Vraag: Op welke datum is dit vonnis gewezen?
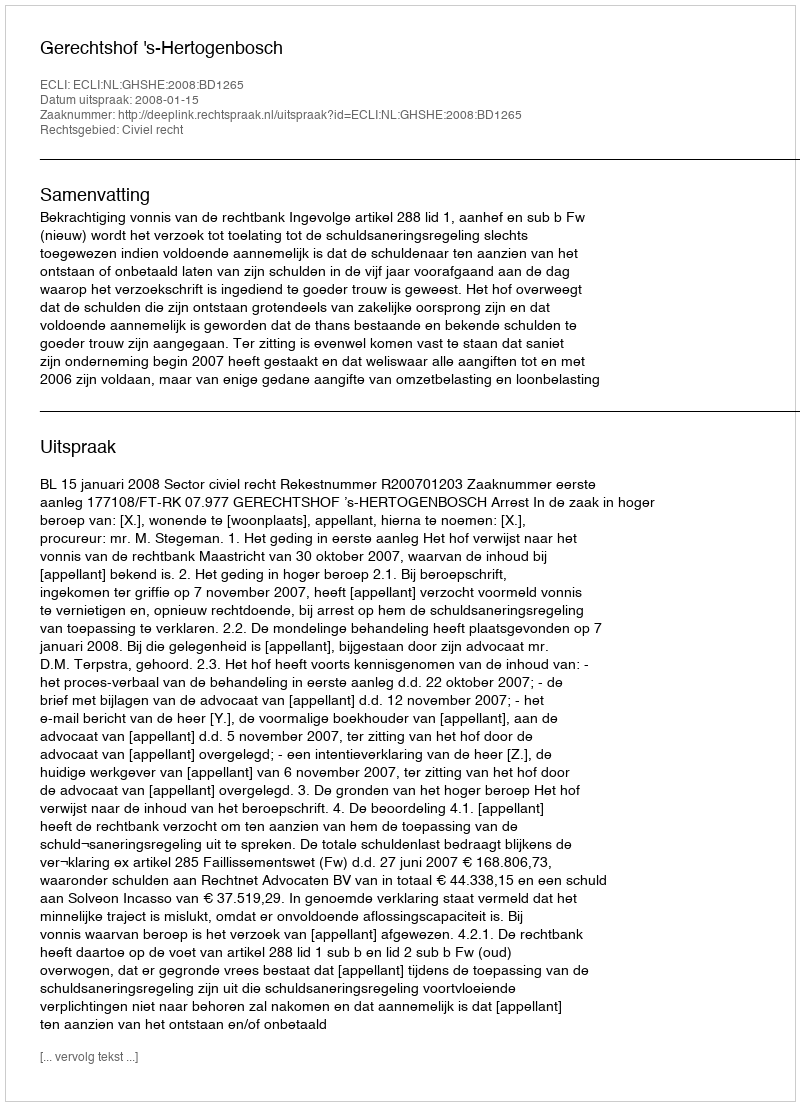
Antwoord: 2008-01-15